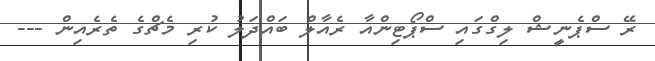
ރޭ ސްޕެނީޝް ލިގްގައި ސްޕޯޓިންއާ ރެއާލް ބައްދަލު ކުރި މެޗްގެ ތެރެއިން ---